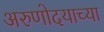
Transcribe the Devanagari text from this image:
अरुणोदयाच्या